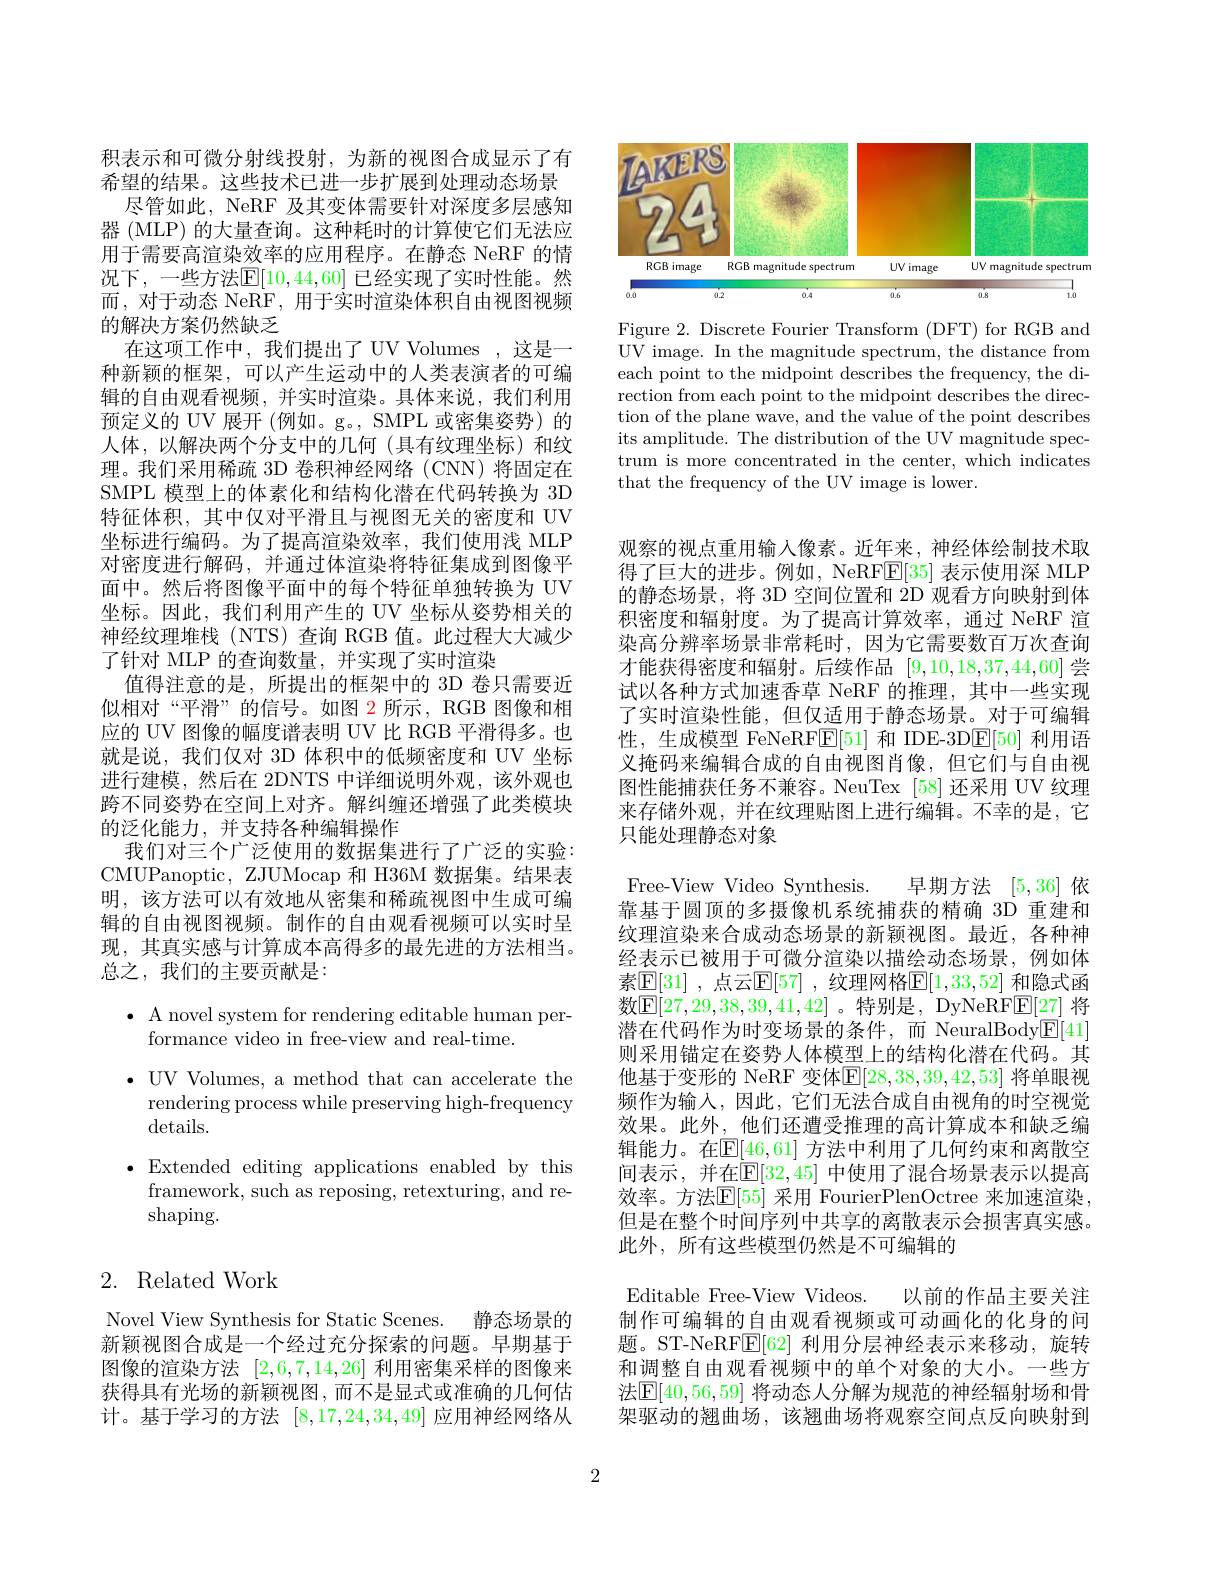
积表示和可微分射线投射，为新的视图合成显示了有希望的结果。这些技术已进一步扩展到处理动态场景
尽管如此，NeRF 及其变体需要针对深度多层感知器 (MLP) 的大量查询。这种耗时的计算使它们无法应用于需要高渲染效率的应用程序。在静态 NeRF 的情况下，一些方法$\mathbb{E}[10,44,60]$ 已经实现了实时性能。然而，对于动态 NeRF, 用于实时渲染体积自由视图视频的解决方案仍然缺乏
在这项工作中，我们提出了 UV Volumes ,这是一种新颖的框架，可以产生运动中的人类表演者的可编辑的自由观看视频，并实时渲染。具体来说，我们利用预定义的 UV 展开 (例如。g。, SMPL 或密集姿势) 的人体，以解决两个分支中的几何(具有纹理坐标)和纹理。我们采用稀疏 3D 卷积神经网络 (CNN) 将固定在SMPL 模型上的体素化和结构化潜在代码转换为 3D 特征体积，其中仅对平滑且与视图无关的密度和 UV 坐标进行编码。为了提高渲染效率，我们使用浅 MLP 对密度进行解码，并通过体渲染将特征集成到图像平面中。然后将图像平面中的每个特征单独转换为 UV 坐标。因此，我们利用产生的 UV 坐标从姿势相关的神经纹理堆栈 (NTS) 查询 RGB 值。此过程大大减少了针对 MLP 的查询数量，并实现了实时渲染
值得注意的是，所提出的框架中的 3D 卷只需要近似相对“平滑”的信号。如图 2 所示，RGB 图像和相应的 UV 图像的幅度谱表明 UV 比 RGB 平滑得多。也就是说，我们仅对 3D 体积中的低频密度和 UV 坐标进行建模，然后在 2DNTS 中详细说明外观，该外观也跨不同姿势在空间上对齐。解纠缠还增强了此类模块的泛化能力，并支持各种编辑操作
我们对三个广泛使用的数据集进行了广泛的实验： CMUPanoptic, ZJUMocap 和 H36M 数据集。结果表明，该方法可以有效地从密集和稀疏视图中生成可编辑的自由视图视频。制作的自由观看视频可以实时呈现，其真实感与计算成本高得多的最先进的方法相当。总之，我们的主要贡献是：

$\bullet$ A novel system for rendering editable human per-
formance video in free-view and real-time.
$\bullet$ UV Volumes, a method that can accelerate the
rendering process while preserving high-frequency
details.
$\bullet$Extended editing applications enabled by this
framework, such as reposing, retexturing, and re-
shaping.

# 2. Related Work

Novel View Synthesis for Static Scenes.
静态场景的
新颖视图合成是一个经过充分探索的问题。早期基于图像的渲染方法[2,6,7,14,26]利用密集采样的图像来获得具有光场的新颖视图，而不是显式或准确的几何估计。基于学习的方法[8,17,24,34,49]应用神经网络从

<FigureHere>

Figure 2. Discrete Fourier Transform (DFT) for RGB and UV image. In the magnitude spectrum, the distance from each point to the midpoint describes the frequency, the direction from each point to the midpoint describes the direction of the plane wave, and the value of the point describes its amplitude. The distribution of the UV magnitude spectrum is more concentrated in the center, which indicates that the frequency of the UV image is lower.

观察的视点重用输入像素。近年来，神经体绘制技术取得了巨大的进步。例如，NeRF$\boxed{\mathrm{E}}[35]$表示使用深 MLP 的静态场景，将 3D 空间位置和 2D 观看方向映射到体积密度和辐射度。为了提高计算效率，通过 NeRF 渲染高分辨率场景非常耗时，因为它需要数百万次查询才能获得密度和辐射。后续作品[9,10,18,37,44,60]尝试以各种方式加速香草 NeRF 的推理，其中一些实现了实时渲染性能，但仅适用于静态场景。对于可编辑性，生成模型 FeNeRF$\boxed{\mathrm{E}}[51]$和 IDE-3D$\boxed{\mathrm{E}}[50]$利用语义掩码来编辑合成的自由视图肖像，但它们与自由视图性能捕获任务不兼容。NeuTex [58] 还采用 UV 纹理来存储外观，并在纹理贴图上进行编辑。不幸的是，它只能处理静态对象

Free-View Video Synthesis.
早期方法[5,36]依
靠基于圆顶的多摄像机系统捕获的精确 3D 重建和纹理渲染来合成动态场景的新颖视图。最近，各种神经表示已被用于可微分渲染以描绘动态场景，例如体素$\mathbb{E}[31]$ ,点云$\mathbb{E}[57]$ ,纹理网格$\mathbb{E}[1,33,52]$ 和隐式函数$\boxed{\mathrm{E}[27,29,38,39,41,42]}$。特别是，DyNeRF$\boxed{\mathrm{E}[27]}$ 将潜在代码作为时变场景的条件，而 NeuralBody$\underline{\mathrm{E}}[41]$ 则采用锚定在姿势人体模型上的结构化潜在代码。其他基于变形的 NeRF 变体$\mathbb{E}[28,38,39,42,53]$ 将单眼视频作为输入，因此，它们无法合成自由视角的时空视觉效果。此外，他们还遭受推理的高计算成本和缺乏编辑能力。在$\overline{\mathbb{E}}[46,61]$ 方法中利用了几何约束和离散空间表示，并在$\mathbb{E}[32,45]$ 中使用了混合场景表示以提高效率。方法$\mathbb{E}[55]$ 采用 FourierPlenOctree 来加速渲染， 但是在整个时间序列中共享的离散表示会损害真实感。此外，所有这些模型仍然是不可编辑的
Editable Free-View Videos.
以前的作品主要关注
制作可编辑的自由观看视频或可动画化的化身的问题。ST-NeRFE[62]利用分层神经表示来移动，旋转和调整自由观看视频中的单个对象的大小。一些方

法$\mathbb{E}[40,56,59]$ 将动态人分解为规范的神经辐射场和骨架驱动的翘曲场，该翘曲场将观察空间点反向映射到

2